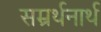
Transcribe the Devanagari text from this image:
सम्रर्थनार्थ